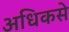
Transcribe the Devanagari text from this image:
अधिकसे